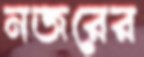
নজরের